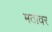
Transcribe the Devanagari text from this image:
मठावर